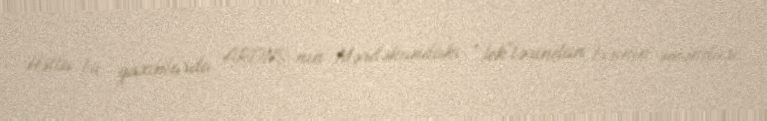
Hətta bu yaxınlarda ARDNŞ-nin Mərdəkandakı "Jek"lərindan birinin əməkdaşı